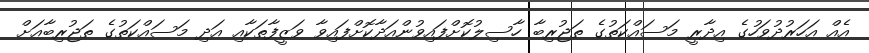
އެއް އަހަރުދުވަހުގެ އިދާރީ މަސައްކަތުގެ ތަޖުރިބާ ހާސިލުކޮށްފައިވުންއަދާކޮށްފައިވާ ވަޒީފާތަކާއި އަދި މަސައްކަތުގެ ތަޖުރިބާއަށް